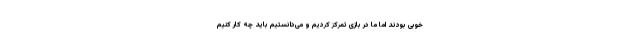
خوبی بودند اما ما در بازی تمرکز کردیم و می‌دانستیم باید چه کار کنیم